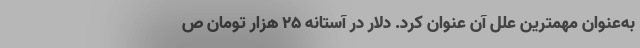
به‌عنوان مهمترین علل آن عنوان کرد. دلار در آستانه ۲۵ هزار تومان ص